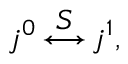
j ^ { 0 } \mathop { \longleftrightarrow } ^ { \displaystyle S } j ^ { 1 } ,